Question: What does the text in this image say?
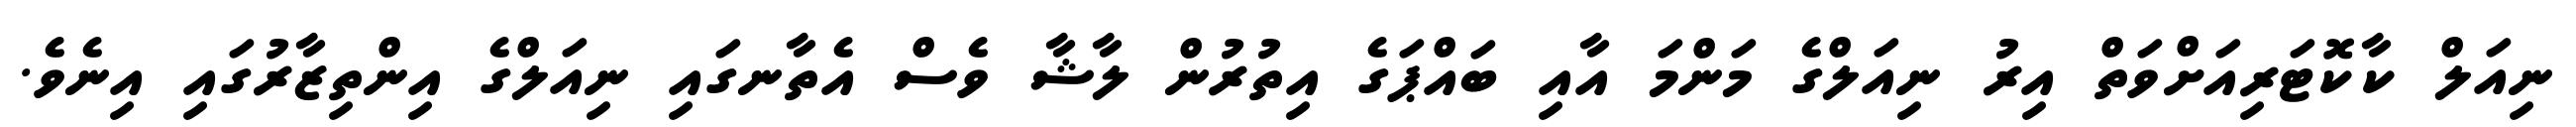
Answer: ނިއަލް ކާކޮޓަރިއަށްވަތް އިރު ނިއަލްގެ މަންމަ އާއި ބައްޕަގެ އިތުރުން ލާޝާ ވެސް އެތާނގައި ނިއަލްގެ އިންތިޒާރުގައި އިނެވެ.